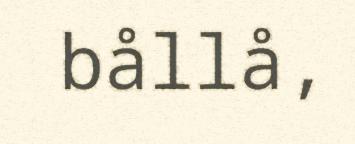
bållå,